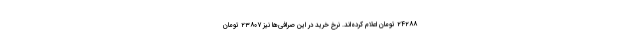
۲۴۲۸۸ تومان اعلام کرده‌اند. نرخ خرید در این صرافی‌ها نیز ۲۳۸۰۷ تومان